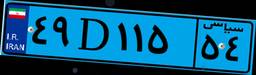
۴۹D۱۱۵۵۴